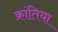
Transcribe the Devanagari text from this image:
क्रांतिया